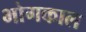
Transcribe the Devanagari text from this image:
भोगकाल